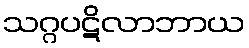
သဂ္ဂပဋိလာဘာယ